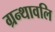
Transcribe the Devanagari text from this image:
ग्रन्थावलि